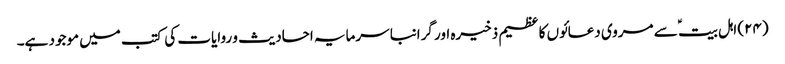
(۲۴) اہل بیت ؑ سے مروی دعائوں کا عظیم ذخیرہ اور گرانبا سرمایہ احادیث و روایات کی کتب میں موجود ہے۔